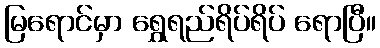
မြရောင်မှာ ရွှေရည်ရိပ်ရိပ် ရောပြီ။